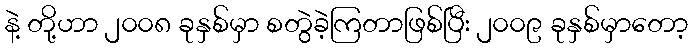
နဲ့ တို့ဟာ ၂၀၀၈ ခုနှစ်မှာ စတွဲခဲ့ကြတာဖြစ်ပြီး ၂၀၀၉ ခုနှစ်မှာတော့